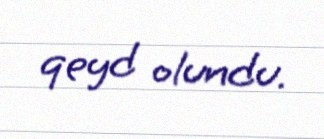
qeyd olundu.